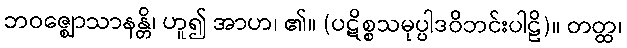
ဘဝဇ္ဈောသာနန္တိ၊ ဟူ၍ အာဟ၊ ၏။ (ပဋိစ္စသမုပ္ပါဒဝိဘင်းပါဠိ)။ တတ္ထ၊